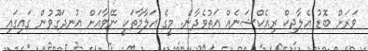
ވަރަށް ބޮޑު އެލާޖިކް ރިއެކްޝަނެއް އަތުވެދާނެ. މީގެ އަލާމާތަކީ ނޭވާއަށް އުނދަގޫވުން ގައިގައި